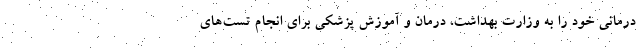
درمانی خود را به وزارت بهداشت، درمان و آموزش پزشکی برای انجام تست‌های